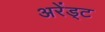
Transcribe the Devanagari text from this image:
अरेंड्ट